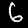
Label: 6